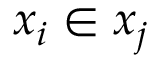
x _ { i } \in x _ { j }